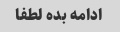
ادامه بده لطفا